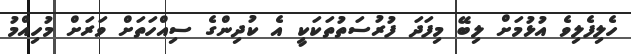
ހެލިފެލިވެ އުޅުމަށް ލިބޭ މިފަދަ ފުރުސަތުތަކަކީ އެ ކުދިންގެ ސިއްހަތަށް ވަރަށް މުހިއްމު